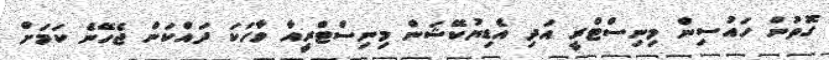
ގޮތުން ހައުސިން މިނިސްޓްރީ އަދި އެޑިޔުކޭޝަން މިނިސްޓްރީއާ ވާހަކަ ދައްކަން ޖެހޭނެ ކަމަށް